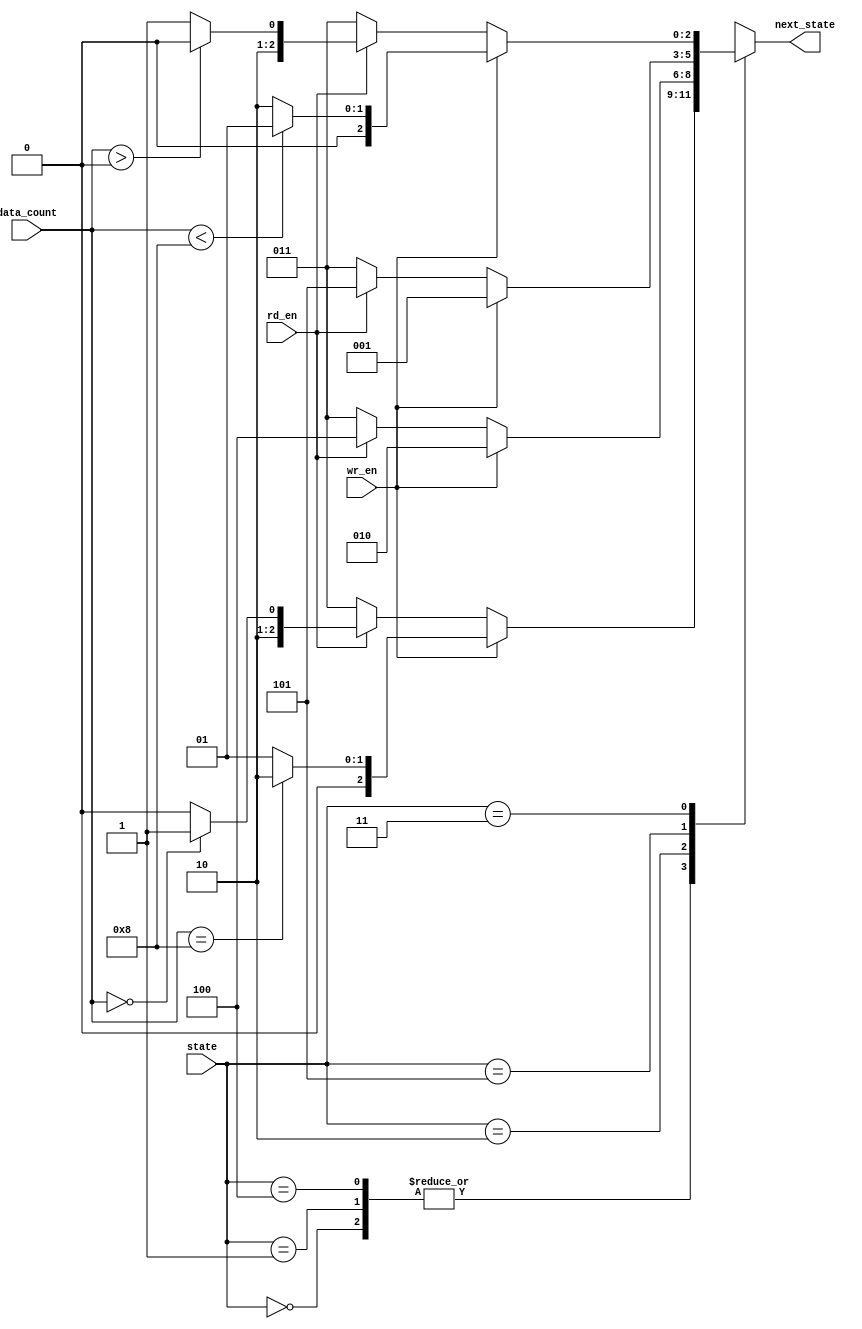
module fifo_ns(wr_en, rd_en, state, data_count, next_state); // fifo next state
input wr_en, rd_en; // write enable, read enable
input [2:0] state;
input [3:0] data_count;
output [2:0] next_state;
reg [2:0] next_state;

// parameter setting
parameter INIT = 3'b000;
parameter WRITE = 3'b001;
parameter WR_ERR = 3'b010;
parameter NO_OP = 3'b011;
parameter READ = 3'b100;
parameter RD_ERR = 3'b101;

always @(data_count, state, wr_en, rd_en)
begin
    case(state)
        INIT: // INIT state
        begin
            if(wr_en) // wr_en == 1
            begin
                if(data_count == 4'b1000) // data_count == 8
                    next_state = WR_ERR;
                else // 0 <= data count < 8
                    next_state = WRITE;
            end
            else if(rd_en) // rd_en == 1
            begin
                if(data_count == 4'b0000) // data_count == 0
                    next_state = RD_ERR;
                else // 0 < data count <= 8
                    next_state = READ;
            end
            else // rd_en == 0 && wr_en == 0
                next_state = NO_OP;
        end
        
        WRITE: // WRITE state
        begin
            if(wr_en) // wr_en == 1
            begin
                if(data_count == 4'b1000) // data_count == 8
                    next_state = WR_ERR;
                else // 0 <= data count < 8
                    next_state = WRITE;
            end
            else if(rd_en) // rd_en == 1
            begin
                if(data_count == 4'b0000) // data_count == 0
                    next_state = RD_ERR;
                else // 0 < data count <= 8
                    next_state = READ;
            end
            else // rd_en == 0 && wr_en == 0
                next_state = NO_OP;
        end
        
        READ: // READ state
        begin
            if(wr_en) // wr_en == 1
            begin
                if(data_count == 4'b1000) // data_count == 8
                    next_state = WR_ERR;
                else // 0 <= data count < 8
                    next_state = WRITE;
            end
            else if(rd_en) // rd_en == 1
            begin
                if(data_count == 4'b0000) // data_count == 0
                    next_state = RD_ERR;
                else // 0 < data count <= 8
                    next_state = READ;
            end
            else // rd_en == 0 && wr_en == 0
                next_state = NO_OP;
        end
        
        WR_ERR: // WR_ERR state
        begin
            if(wr_en) // wr_en == 1
                next_state = WR_ERR;
            else if(rd_en) // rd_en == 1
                next_state = READ;
            else // rd_en == 0 && wr_en == 0
                next_state = NO_OP;
        end
        
        RD_ERR: // RD_ERR state
        begin
            if(wr_en) // wr_en == 1
                next_state = WRITE;
            else if(rd_en) // rd_en == 1
                next_state = RD_ERR;
            else // rd_en == 0 && wr_en == 0
                next_state = NO_OP;
        end
        
        NO_OP: // NO_OP state
        begin
            if(wr_en) // write enable
            begin
                if(data_count < 4'b1000)
                    next_state = WRITE; // is not full
                else
                    next_state = WR_ERR; // is full
            end
            else if(rd_en) // read enable
            begin
                if(data_count > 4'b0000)
                    next_state = READ; // is not empty
                else
                    next_state = RD_ERR; // is empty
            end
            else
                next_state = NO_OP;
        end
        
        default: next_state = 3'bx; // state isn't INIT, WRITE, WR_ERR, READ, RD_ERR -> next_state 3'bx
    endcase
end
endmodule